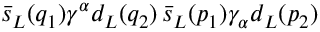
\bar { s } _ { L } ( q _ { 1 } ) \gamma ^ { \alpha } d _ { L } ( q _ { 2 } ) \, \bar { s } _ { L } ( p _ { 1 } ) \gamma _ { \alpha } d _ { L } ( p _ { 2 } )